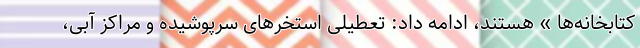
کتابخانه‌ها » هستند، ادامه داد: تعطیلی استخرهای سرپوشیده و مراکز آبی،